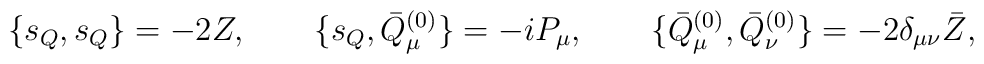
\{ s_Q, s_Q \} = - 2 Z,\qquad\{ s_Q, \bar{Q}_\mu^{(0)} \} = - i P_\mu,\qquad\{ \bar{Q}_\mu^{(0)}, \bar{Q}_\nu^{(0)} \} = - 2 \delta_{\mu\nu} \bar{Z},